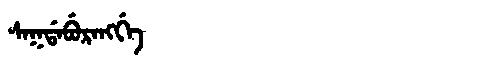
Manchu: ᠰᠠᡴᡩᠠᠪᡠᡵᠠᠩᡤᡝ
Romanization: SAKDABURANGGE